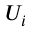
U _ { i }